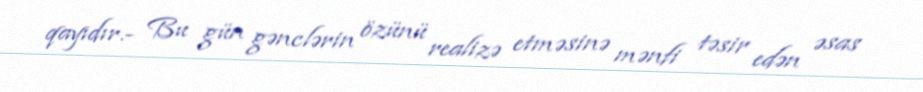
qayıdır.- Bu gün gənclərin özünü realizə etməsinə mənfi təsir edən əsas